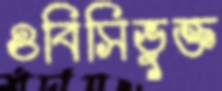
ওবিসিভুক্ত